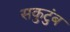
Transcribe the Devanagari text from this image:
सकुटुंब